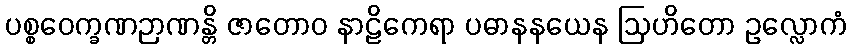
ပစ္စဝေက္ခဏဉာဏန္တိ ဇာတောဝ နာဠိကေရာ ပဓာနနယေန ဩဟိတော ဥလ္လောကံ